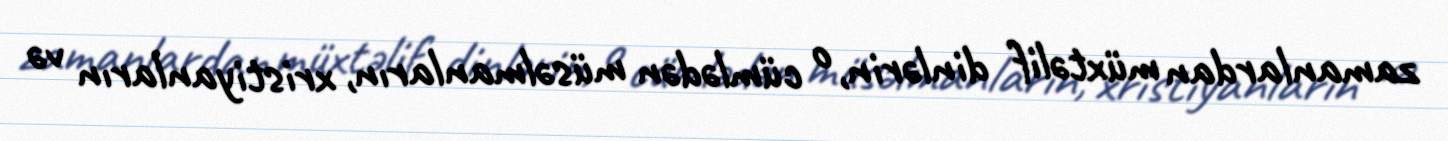
zamanlardan müxtəlif dinlərin, o cümlədən müsəlmanların, xristiyanların və